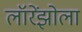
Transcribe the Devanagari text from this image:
लॉरेंझोला